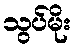
သွပ်မိုး